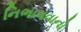
નિભાવવાનો